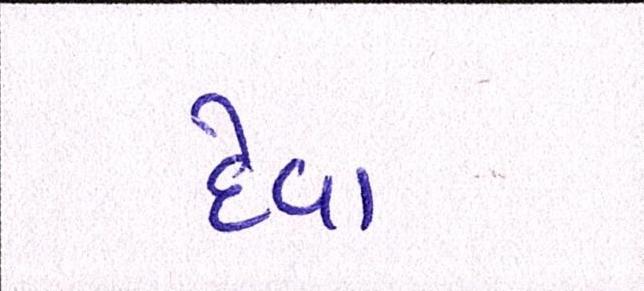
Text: દેવા